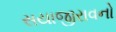
સયાજીરાવનો